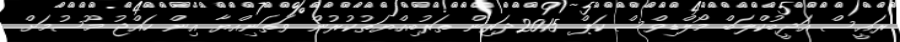
ރައީސް އަދީބުކްލަބް މޯލްޑިވްސް ކަޕް 2015ދަރިން ތަރުބިއްޔަތުކުރުން ވަތަނިއްޔާ އިން ހައްޖު މޫސުމަށް